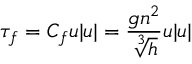
\tau _ { f } = C _ { f } u | u | = \frac { g n ^ { 2 } } { \sqrt [ 3 ] { h } } u | u |